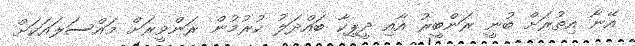
އޭނާ އިތުރަށް ބުނީ ރަންބީރު އާއި ދީޕިކާ ބައްދަލު ކުރުމުން ރަންވީރަށް މައްސަލައަކަށް